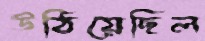
উঠিয়েছিল